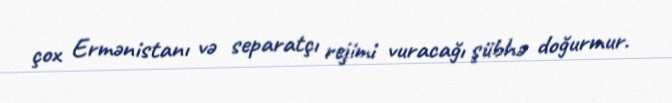
çox Ermənistanı və separatçı rejimi vuracağı şübhə doğurmur.